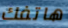
هاتفك